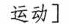
运动]